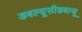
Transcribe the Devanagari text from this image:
डबल्यूसीडबल्यू